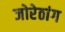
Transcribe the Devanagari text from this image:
जोरेठांग